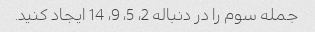
جمله سوم را در دنباله 2، 5، 9، 14 ایجاد کنید.